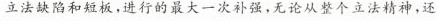
立法缺陷和短板，进行的最大一次补强，无论从整个立法精神，还